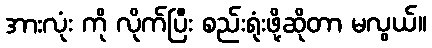
အားလုံး ကို လိုက်ပြီး စည်းရုံးဖို့ဆိုတာ မလွယ်။